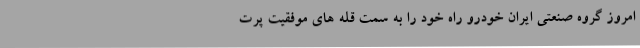
امروز گروه صنعتی ایران خودرو راه خود را به سمت قله های موفقیت پرت